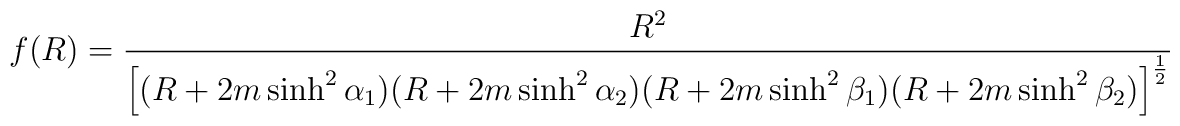
f(R) = \frac{R^2}{\left[(R+2m \sinh^2\alpha_1)(R+2m \sinh^2\alpha_2) (R+2m \sinh^2\beta_1) (R+2m \sinh^2\beta_2)\right]^{\frac12}}